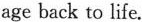
age back to life.